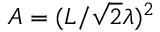
A = ( L / \sqrt { 2 } \lambda ) ^ { 2 }